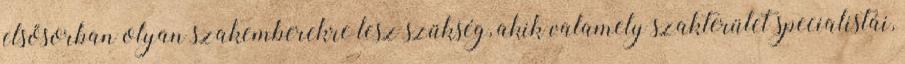
elsősorban olyan szakemberekre lesz szükség, akik valamely szakterület specialistái,